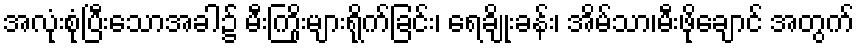
အလုံးစုံပြီးသောအခါ၌ မီးကြိုးများရိုက်ခြင်း၊ ရေချိုးခန်း၊ အိမ်သာ၊မီးဖိုချောင် အတွက်